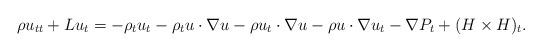
LaTeX: \begin{align*}\rho u_{tt}+Lu_t=-\rho_tu_t -\rho_t u\cdot\nabla u-\rho u_t\cdot\nabla u-\rho u\cdot\nabla u_t-\nabla P_t +(H\times H)_t.\end{align*}